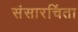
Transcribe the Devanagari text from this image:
संसारचिंता